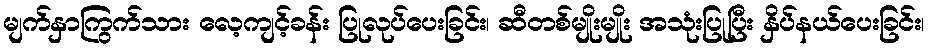
မျက်နှာကြွက်သား လေ့ကျင့်ခန်း ပြုလုပ်ပေးခြင်း၊ ဆီတစ်မျိုးမျိုး အသုံးပြုပြီး နှိပ်နယ်ပေးခြင်း၊